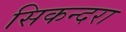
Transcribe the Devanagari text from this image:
सिकन्‍दरा